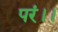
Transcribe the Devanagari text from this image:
परं।।